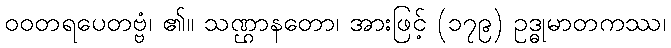
ဝဝတရပေတဗ္ဗံ၊ ၏။ သဏ္ဌာနတော၊ အားဖြင့် (၁၇၉) ဥဒ္ဓုမာတကဿ၊